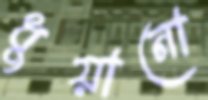
ধুয়ানো